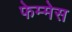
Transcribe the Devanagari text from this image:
फेम्मेस